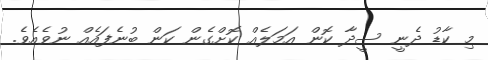
މި ކާޑު ދެނީ ސީދާ ކޮން އަމަލެއް ކޮށްގެން ކަން ބުނެފައެއް ނުވެއެވެ.